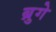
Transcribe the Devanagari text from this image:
ब्रुगे